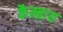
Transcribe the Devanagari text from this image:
कैम्ब्राय